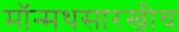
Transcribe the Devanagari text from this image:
मॉन्मथसारखीच